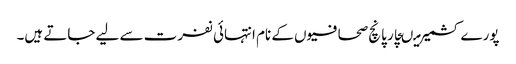
پورے کشمیر میںچار پانچ صحافیوں کے نام انتہائی نفرت سے لیے جاتے ہیں۔